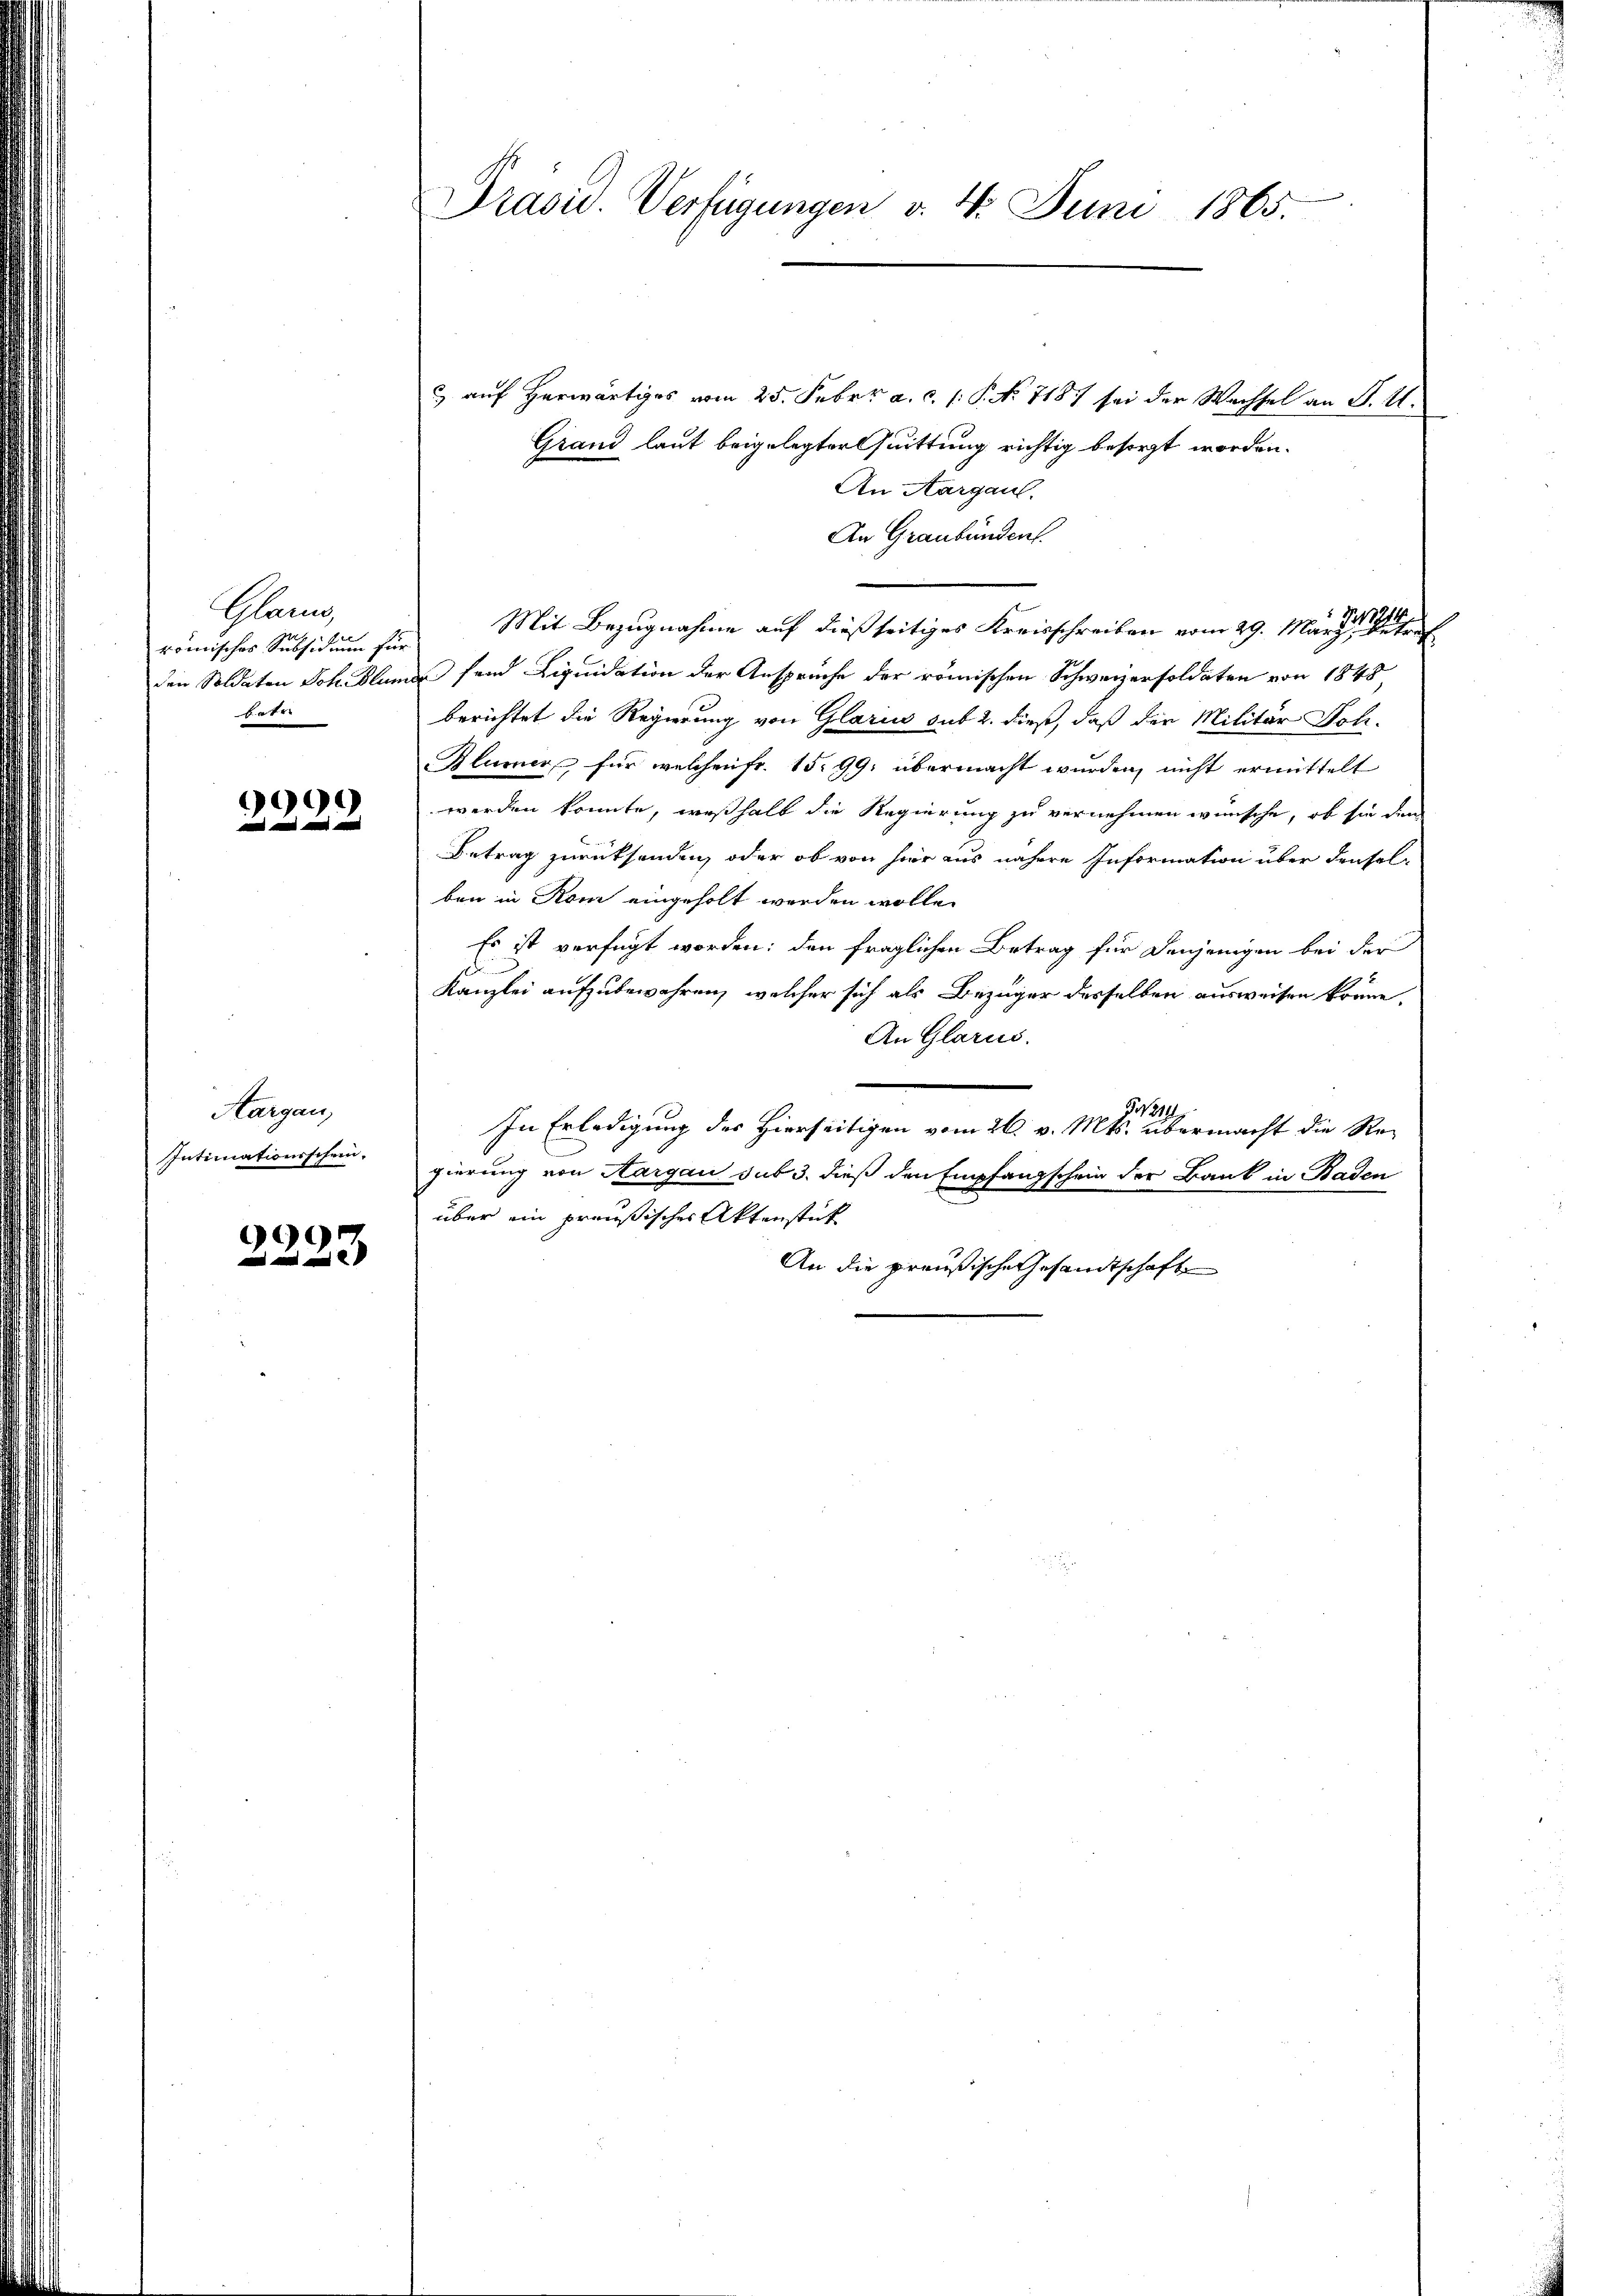
Glan
romisches Subsidium für
betre

2229

Aargau,
Intimationsschein.

2223

Präsid. Verfügungen v. 4. Juni 1865.

c auf Herwärtiges vom 25. Febr. a. c. /: P. Nr. 7187 sei der Wachsel an P. M.
Grand laut beigelegter Quittung richtig besorgt worden.
An Aargaul.
An Graubünden.
Mit Bezugnahme auf dießseitiges Kreisschreiben vom 29. März eine
den Soldaten Joh. Blumer fand Liquidation der Ansprüche der römischen Schweizersoldaten von 1848
berichtet die Regierung von Glarus sub 2. dieß, daß der Militär Joh.
Blumer, für welchen fr. 15. 99. übermacht wurden, nicht ermittelt
werden konnte, weßhalb die Regierung zu vernehmen wünsche, ob sie den
Betrag zurücksenden, oder ob von hier aus nähere Information über denselben in Rom eingeholt werden wolle.
Es ist verfügt worden; den fraglichen Betrag für Denjenigen bei der
d
Kanzlei aufzubewahren, welcher sich als Bezüger desselben ausweisen könne,
An Glarus.
J. 1814.
In Erledigung des Hierseitigen vom 26. v. Mts. übermacht die Re-
gierung von Aargau sub 3. dieß den Empfangschein der Bank in Baden
über ein preußisches Aktenstück
An die preußische Gesandtschaft